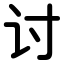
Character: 讨